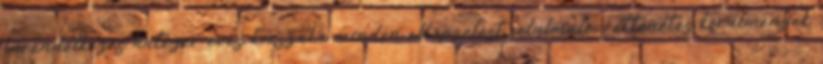
önrendelkezés hatezer éves korszaka minden elképzelést felülmúló, rettenetes körülmények